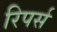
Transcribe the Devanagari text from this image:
रिपर्स